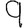
Digit: 9